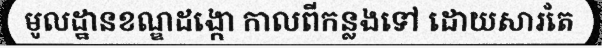
មូលដ្ឋានខណ្ឌដង្កោ កាលពីកន្លងទៅ ដោយសារតែ